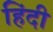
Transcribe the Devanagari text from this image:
हिंंदी